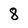
Character: 8